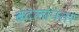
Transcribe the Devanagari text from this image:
बदलांनंतर